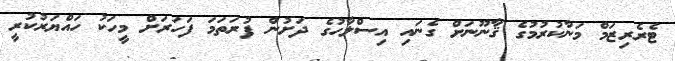
ޓެރެރިޒަމް މަނާކުރުމުގެ ޤާނޫނަށް ގެނައި އިސްލާހުގެ ދަށުން ފުރަތަމަ ފަހަރަށް މީހަކު ހައްޔަރުކުރީ